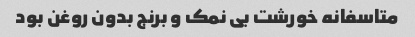
متاسفانه خورشت بی نمک و برنج بدون روغن بود